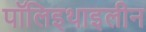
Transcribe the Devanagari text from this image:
पॉलिइथाइलीन